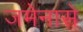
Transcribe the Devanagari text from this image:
जमेनासे